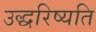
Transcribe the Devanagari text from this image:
उद्धरिष्यति